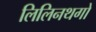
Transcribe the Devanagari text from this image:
लिलिनथगो